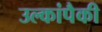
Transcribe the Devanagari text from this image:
उल्कांपैकी